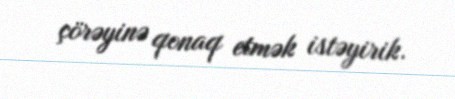
çörəyinə qonaq etmək istəyirik.